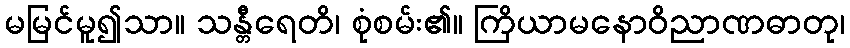
မမြင်မူ၍သာ။ သန္တီရေတိ၊ စုံစမ်း၏။ ကြိယာမနောဝိညာဏဓာတု၊